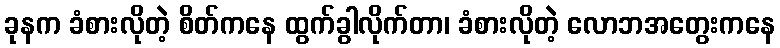
ခုနက ခံစားလိုတဲ့ စိတ်ကနေ ထွက်ခွါလိုက်တာ၊ ခံစားလိုတဲ့ လောဘအတွေးကနေ